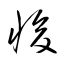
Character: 悛